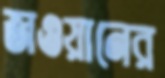
জওয়ানের